Reports on dispensaries and lunatic asylums in the Province of Oudh - 1869-1876
Year: 1869
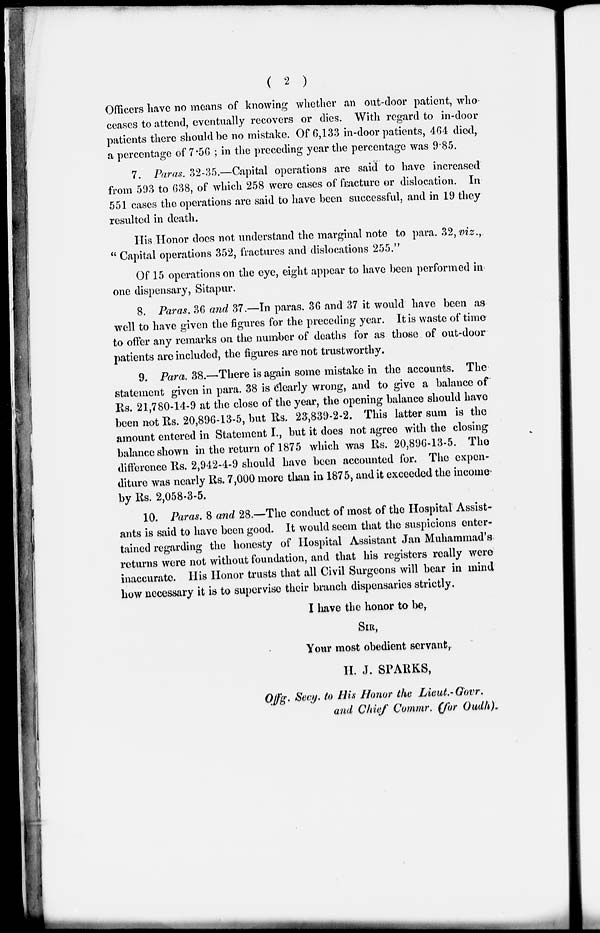
( 2 )
Officers have no means of knowing whether an out-door patient, who
ceases to attend, eventually recovers or dies. With regard to in-door
patients there should be no mistake. Of 6,133 in-door patients, 464 died,
a percentage of 7.56 ; in the preceding year the percentage was 9.85.
7. Paras. 32-35.—Capital operations are said to have increased
from 593 to 638, of which 258 were cases of fracture or dislocation. In
551 cases the operations are said to have been successful, and in 19 they
resulted in death.
His Honor does not understand the marginal note to para. 32, viz.,
" Capital operations 352, fractures and dislocations 255."
Of 15 operations on the eye, eight appear to have been performed in
one dispensary, Sitapur.
8. Paras. 36 and 37.—In paras. 36 and 37 it would have been as
well to have given the figures for the preceding year. It is waste of time
to offer any remarks on the number of deaths for as those of out-door
patients are included, the figures are not trustworthy.
9. Para. 38.—There is again some mistake in the accounts. The
statement given in para. 38 is clearly wrong, and to give a balance of
Rs. 21,780-14-9 at the close of the year, the opening balance should have
been not Rs. 20,896-13-5, but Rs. 23,839-2-2. This latter sum is the
amount entered in Statement I., but it does not agree with the closing
balance shown in the return of 1875 which was Rs. 20,896-13-5. The
difference Rs. 2,942-4-9 should have been accounted for. The expen-
diture was nearly Rs. 7,000 more than in 1875, and it exceeded the income-
by Rs. 2,058-3-5.
10. Paras. 8 and 28.—The conduct of most of the Hospital Assist-
ants is said to have been good. It would seem that the suspicions enter-
tained regarding the honesty of Hospital Assistant Jan Muhammad's
returns were not without foundation, and that his registers really were
inaccurate. His Honor trusts that all Civil Surgeons will bear in mind
how necessary it is to supervise their branch dispensaries strictly.
I have the honor to be,
SIR,
Your most obedient servant,
H. J. SPARKS,
Offg. Secy. to His Honor the Lieut.-Govr.
and Chief Commr. (for Oudh).